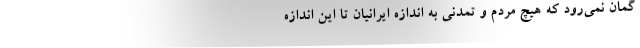
گمان نمی‌رود که هیچ مردم و تمدنی به اندازه ایرانیان تا این اندازه